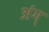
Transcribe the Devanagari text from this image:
अंग्